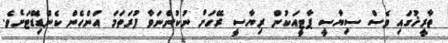
ތާރީޚުގައި ވެސް ސިޔާސީ ޕާޓީއަކުން ރިޔާސީ ރޭހަށް ނުކުންނަވާ ފުރަތަމަ އަންހެން ކެންޑިޑޭޓަށެވެ.